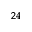
^ { 2 4 }